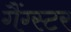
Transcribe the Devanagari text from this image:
गैंग्‍स्‍टर